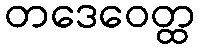
တဒေဝေတ္ထ